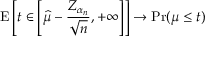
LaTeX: \operatorname { E } \left[ t \in \left[ { \widehat { \mu } } - { \frac { Z _ { \alpha _ { n } } } { \sqrt { n } } } , + \infty \right] \right] \rightarrow \operatorname* { P r } ( \mu \leq t )